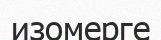
изомерге